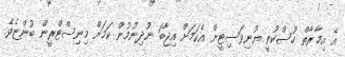
އެ އިމާރާތް ހުސްކުރީ ޔުނިވަސިޓީން އެކަމަށް އިޖާބަ ނުދިނުމުން ކަމަށް މިނިސްޓްރީން ބުންޏެވެ.